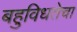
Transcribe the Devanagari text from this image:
बहुविधतेचा